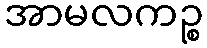
အာမလကဉ္စ